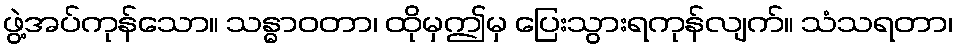
ဖွဲ့အပ်ကုန်သော။ သန္ဓာဝတာ၊ ထိုမှဤမှ ပြေးသွားရကုန်လျက်။ သံသရတာ၊